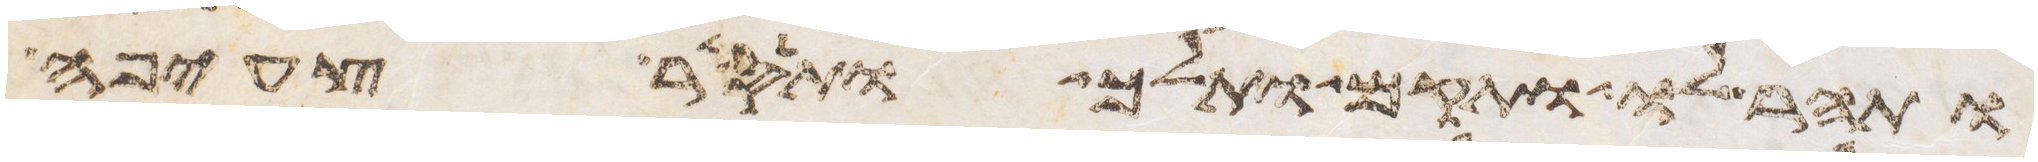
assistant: ותהר לו ותקם ותלך ותסר צעיפה